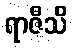
ရာဇီသိ